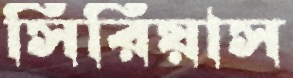
সিরিয়াস